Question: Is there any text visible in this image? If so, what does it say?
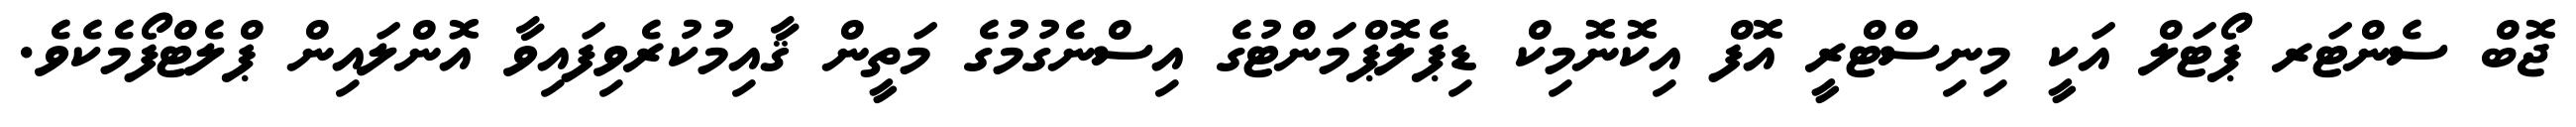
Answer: ޖޮބް ސެންޓަރ ޕޯޓަލް އަކީ މިނިސްޓްރީ އޮފް އިކޮނޮމިކް ޑިޕެލޮޕްމަންޓުގެ އިސްނެގުމުގެ މަތީން ޤާއިމުކުރެވިފައިވާ އޮންލައިން ޕްލެޓްފޯމެކެވެ.